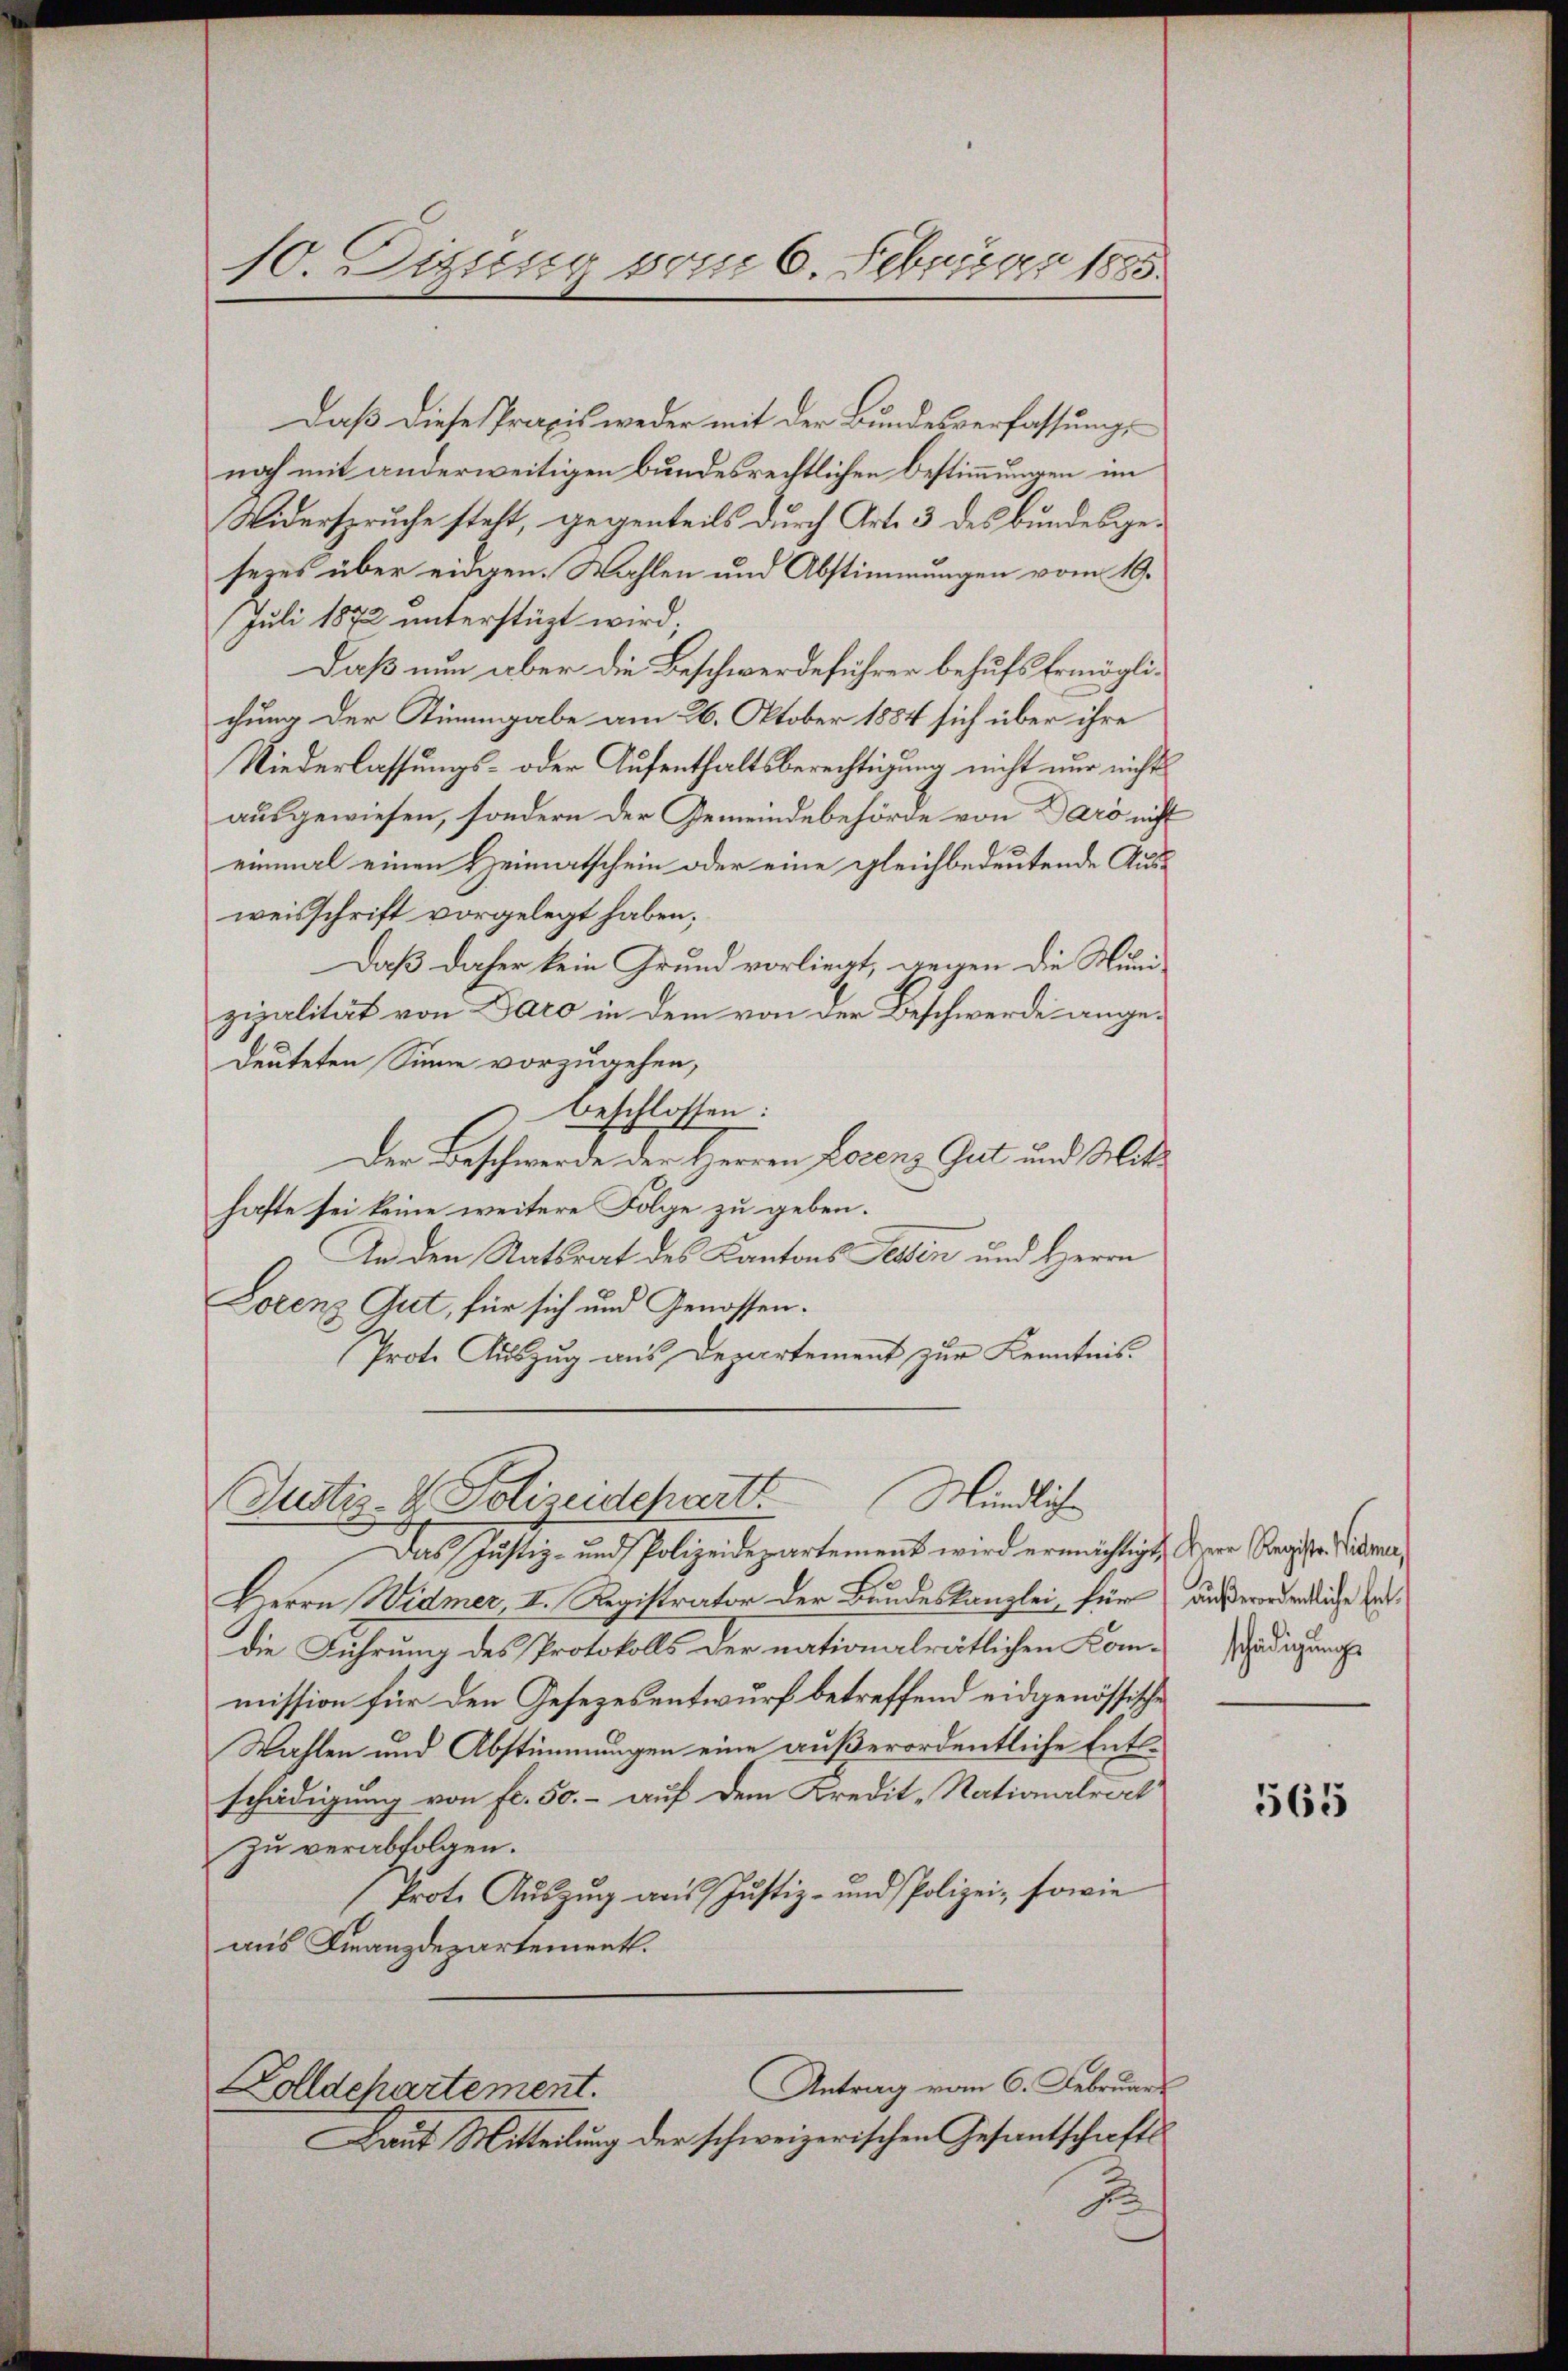
10. Dizuur vom 6. Februar 1885.

Daß diese Praxis weder mit der Bundesverfassung,
noch mit anderweitigen bundesrechtlichen Bestimmungen im
Widerspruche steht, gegenteils durch Art. 3 des Bundesgesezes über eidgen. Wahlen und Abstimmungen vom 19.
Juli 1872 unterstüzt wird;
Daß nun aber die Beschwerdeführer behufs Ermöglichung der Stimmgabe am 26. Oktober 1884 sich über ihre
Niederlassungs- oder Aufenthaltsberechtigung nicht nur nichts
ausgewiesen, sondern der Gemeindebehörde von Daro nicht
einmal einen Heimatschein oder eine gleichbedeutende Ausweisschrift vorgelegt haben;
Daß daher kein Grund vorliegt, gegen die Munizipalität von Paro in dem von der Beschwerde angedeuteten Sinne vorzugehen,
Beschlossen:
Der Beschwerde der Herren Lorenz Gut und Mitt
hafte sei keine weitere Folge zu geben.
An den Ratsrat des Kantons Selben und Herrn
Lorenz Gut, für sich und Genossen.
Prote Auszug aus Departement zur Kenntnis.
Justiz- & Polizeidepart Mündliche
Das Justiz- und Polizeidepartement wird ermächtigt, der Registr. Vidmer,
Herrn Widmer, II. Registrator der Bundeskanzlei für aussernendliche Bedie Führung des Protokolls der nationalrätlichen Kom¬ädigungs
mission für den Gesezesentwurf betreffend eidgenössische
Wahlen und Abstimmungen eine außerordentliche Entlschädigung von fl. 50.- auf dem Kredit-Nationalrat
zu verabfolgen.
Prote Aŭszŭg ans Justiz- und Polizei, sowie
aus Finanzdepartementl.
Antrag vom 6. Februar
Dolldepartement.
Laut Mitteilung der schweizerischen Gesandtschafts
J.

565